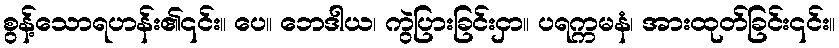
စွန့်သောရဟန်း၏၎င်း။ ပေ။ ဘေဒါယ၊ ကွဲပြားခြင်းငှာ။ ပရက္ကမနံ၊ အားထုတ်ခြင်း၎င်း။